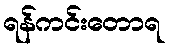
ရန်ကင်းတောရ